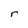
Character: r